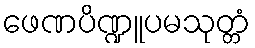
ဖေဏပိဏ္ဍူပမသုတ္တံ